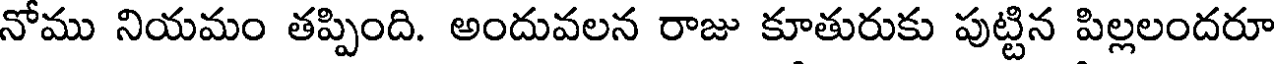
నోము నియమం తప్పింది. అందువలన రాజు కూతురుకు పుట్టిన పిల్లలందరూ